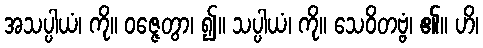
အသပ္ပါယံ၊ ကို။ ဝဇ္ဇေတွာ၊ ၍။ သပ္ပါယံ၊ ကို။ သေဝိတဗ္ဗံ၊ ၏။ ဟိ၊